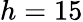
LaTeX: h=15